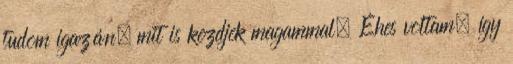
tudom igazán, mit is kezdjek magammal. Éhes voltam, így